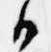
御